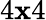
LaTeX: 4\mathbf{x}4